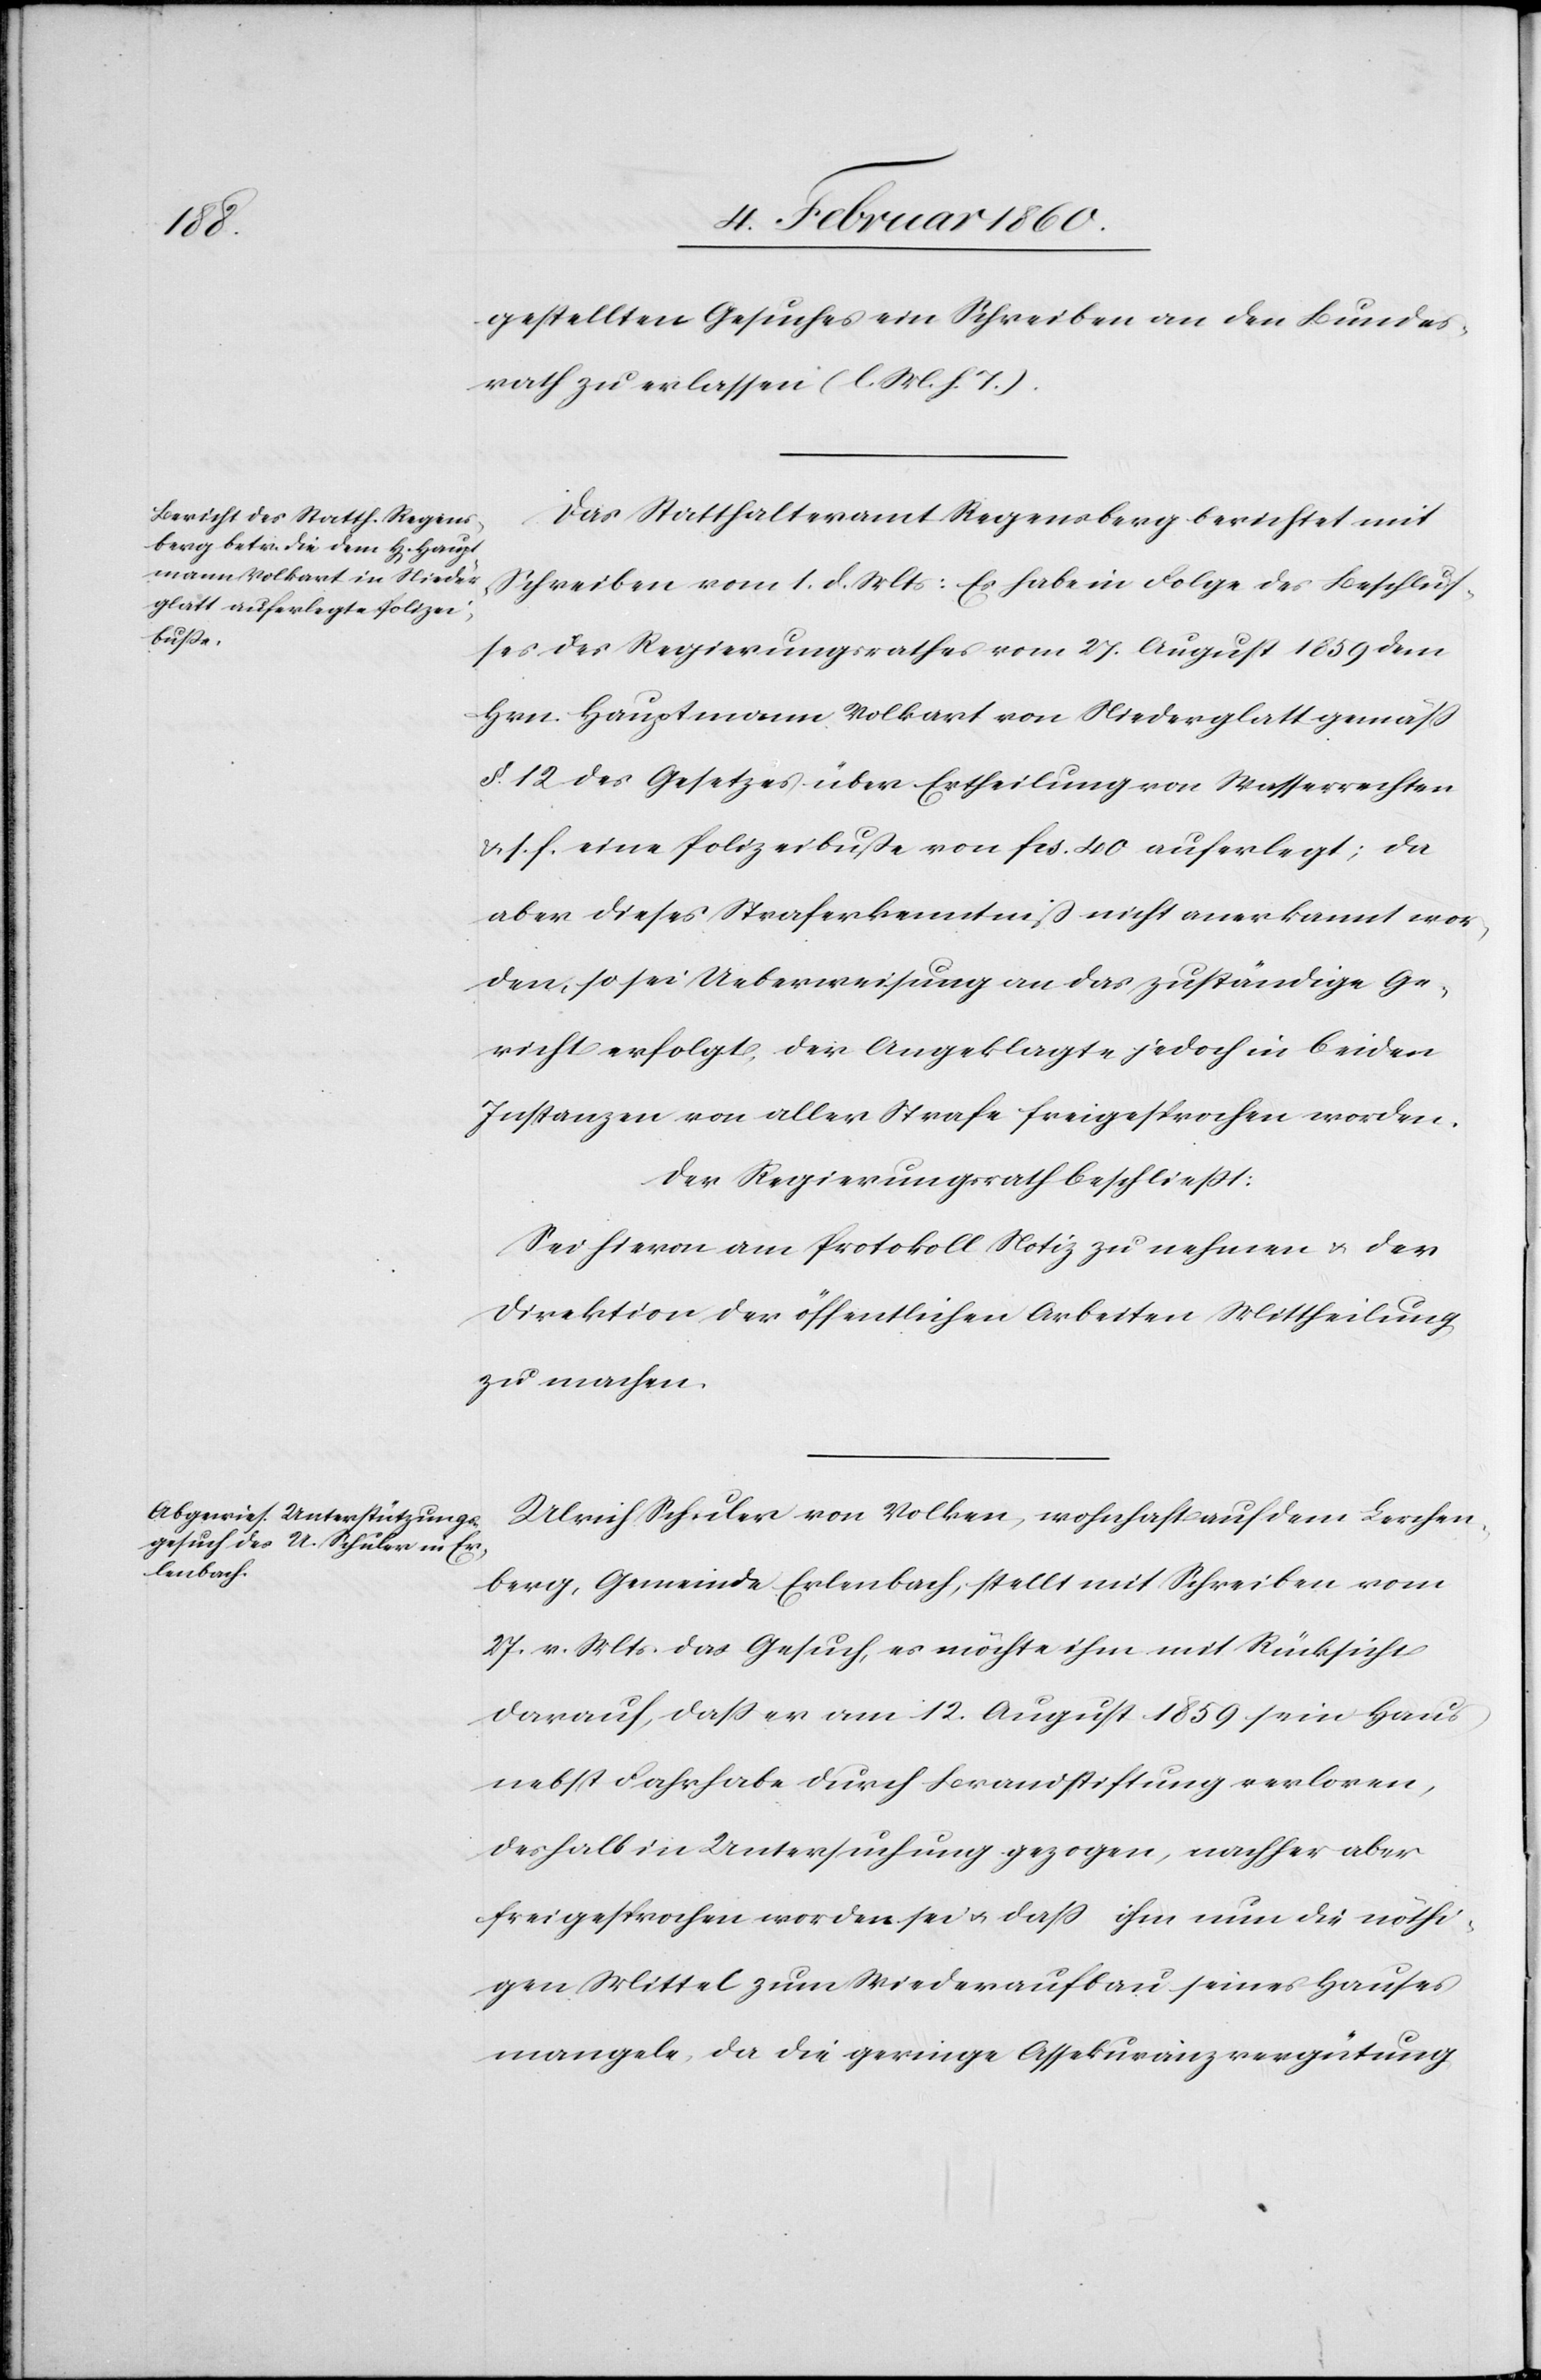
gestellten Gesuches ein Schreiben an den Bundes¬
rath zu erlassen. [l. M. v. h. T]
Das Statthalteramt Regensberg berichtet mit
Schreiben vom 1. d. Mts: Es habe in Folge des Beschlus¬
ses des Regierungsrathes vom 27. August 1859 dem
Hrn. Hauptmann Volkart von Niederglatt gemäss
§. 12. des Gesetzes über Ertheilung von Wasserrechten
u. s. f. eine Polizeibusse von fcs. 40 auferlegt; da
aber dieses Straferkenntniss nicht anerkannt wor¬
den, so sei Ueberweisung an das zuständige Ge¬
richt erfolgt, der Angeklagte jedoch in beiden
Instanzen von aller Strafe freigesprochen worden.
Der Regierungsrath beschliesst:
Sei hievon am Protokoll Notiz zu nehmen u. der
Direktion der öffentlichen Arbeiten Mittheilung
zu machen.
Ulrich Schuler von Volken, wohnhaft auf dem Lerchen¬
berg, Gemeinde Erlenbach, stellt mit Schreiben vom
27. v. Mts. das Gesuch, es möchte ihm mit Rücksicht
darauf, dass er am 12. August 1859 sein Haus
nebst Fahrhabe durch Brandstiftung verloren,
deshalb in Untersuchung gezogen, nachher aber
frei gesprochen worden sei u. dass ihm nun die nöthi¬
gen Mittel zum Wiederaufbau seines Hauses
mangele, da die geringe Assekuranzvergütung